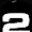
Digit: 2